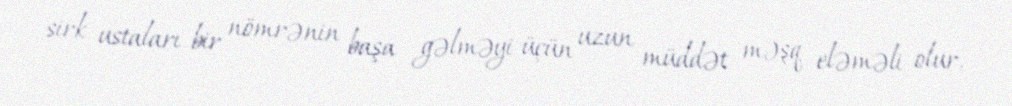
sirk ustaları bir nömrənin başa gəlməyi üçün uzun müddət məşq eləməli olur,